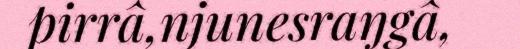
pirrâ,njunesraŋgâ,